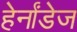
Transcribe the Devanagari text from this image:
हेर्नांडेज